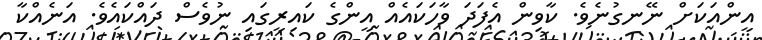
އީންއަކަށް ނޭނގުނެވެ. ކާވިން އެފަދަ ވާހަކައެއް އީންގެ ކައިރީގައި ނުވެސް ދައްކައެވެ. އަނެއްކާ